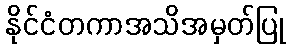
နိုင်ငံတကာအသိအမှတ်ပြု